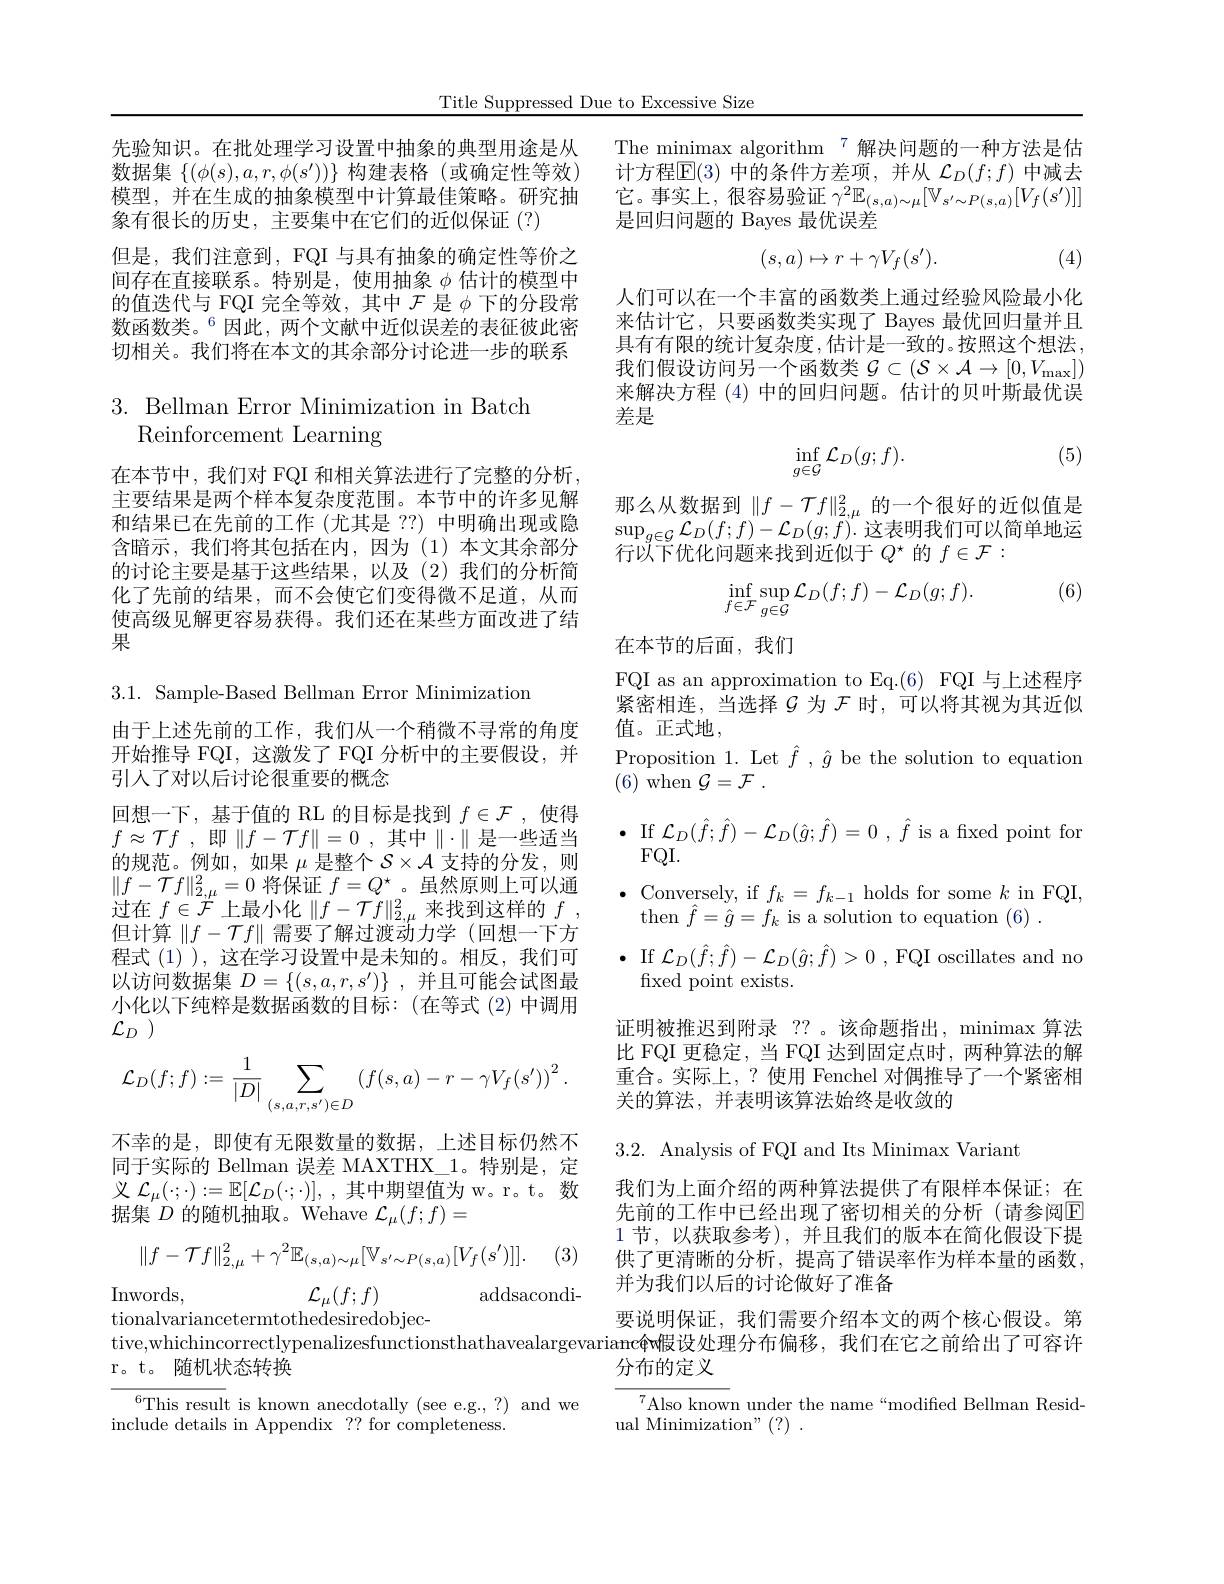
Title Suppressed Due to Excessive Size

The minimax algorithm $^{7}$解决问题的一种方法是估计方程$\mathbb{E}(3)$中的条件方差项，并从$\mathcal{L}_D(f;f)$中减去它。事实上，很容易验证$\gamma^2\mathbb{E}_{(s,a)\sim\mu}[\mathbb{V}_{s^{\prime}\sim P(s,a)}[V_{f}(s^{\prime})]]$ 是回归问题的 Bayes 最优误差

先验知识。在批处理学习设置中抽象的典型用途是从数据集$\{(\phi(s),a,r,\phi(s^{\prime}))\}$构建表格 (或确定性等效) 模型，并在生成的抽象模型中计算最佳策略。研究抽象有很长的历史，主要集中在它们的近似保证(?)
但是，我们注意到，FQI 与具有抽象的确定性等价之间存在直接联系。特别是，使用抽象$\phi$估计的模型中的值迭代与 FQI 完全等效，其中$\mathcal{F}$是$\phi$下的分段常数函数类。$^{6}$因此，两个文献中近似误差的表征彼此密切相关。我们将在本文的其余部分讨论进一步的联系
$$\begin{matrix}(s,a)\mapsto r+\gamma V_f(s').\end{matrix}$$
(4)

人们可以在一个丰富的函数类上通过经验风险最小化来估计它，只要函数类实现了 Bayes 最优回归量并且具有有限的统计复杂度，估计是一致的。按照这个想法， 我们假设访问另一个函数类$\mathcal{G} \subset ( \mathcal{S} \times \mathcal{A} \to [ 0, V_{\mathrm{max}}] )$ 来解决方程 (4) 中的回归问题。估计的贝叶斯最优误差是

## $3.{\mathrm{~Bellman~Error~Minimization~in~Batch}}$ Reinforcement Learning

(5)
$$\inf\limits_{g\in\mathcal{G}}\mathcal{L}_D(g;f).$$
那么从数据到$\|f-\mathcal{T}f\|_{2,\mu}^2$的一个很好的近似值是$\sup_{g\in\mathcal{G}}\mathcal{L}_D(f;f)-\mathcal{L}_D(g;f).$这表明我们可以简单地运$\bar{\text{行以下优化问题来找到近似于 }Q^\star}$的 $f\in\mathcal{F}:$

在本节中，我们对 FQI 和相关算法进行了完整的分析。主要结果是两个样本复杂度范围。本节中的许多见解和结果已在先前的工作 (尤其是 ??) 中明确出现或隐含暗示，我们将其包括在内，因为(1)本文其余部分的讨论主要是基于这些结果，以及(2)我们的分析简化了先前的结果，而不会使它们变得微不足道，从而使高级见解更容易获得。我们还在某些方面改进了结果

(6)
$$\inf\limits_{f\in\mathcal{F}}\sup\limits_{g\in\mathcal{G}}\mathcal{L}_{D}(f;f)-\mathcal{L}_{D}(g;f).$$
在本节的后面，我们

FQI as an approximation to Eq.(6) FQI 与上述程序

3.1. Sample-Based Bellman Error Minimization

紧密相连，当选择$\mathcal{G}$为 $\mathcal{F}$ 时，可以将其视为其近似

值。正式地，

Proposition 1. Let $\hat{f},\hat{g}$ be the solution to equation

(6) when $\mathcal{G} = \mathcal{F}$ .

$\bullet$ If $\mathcal{L}_D(\hat{f};\hat{f})-\mathcal{L}_D(\hat{g};\hat{f})=0,\hat{f}$ is a fxed point for

$FQI.$

由于上述先前的工作，我们从一个稍微不寻常的角度开始推导 FQI, 这激发了 FQI 分析中的主要假设，并引人了对以后讨论很重要的概念
回想一下，基于值的 RL 的目标是找到$f\in\mathcal{F}$ ,使得$f\approx \mathcal{T} f$ ,即$\| f- \mathcal{T} f\| = 0$ ,其中$\|\cdot\|$是一些适当的规范。例如，如果$\mu$是整个$S\times\mathcal{A}$支持的分发，则$\|f-\mathcal{T}f\|_{2,\mu}^2=0$将保证$f=Q^\star$。虽然原则上可以通过在$f\in{\overset{\prime}{\mathcal{F}}}$上最小化$\|f-{\mathcal{T}}f\|_{2,\mu}^{2}$来找到这样的$f$ , 但计算$\|f-\mathcal{T}f\|$需要了解过渡动力学(回想一下方程式(1) ), 这在学习设置中是未知的。相反，我们可以访问数据集$D=\{(s,a,r,s^{\prime})\}$ ,并且可能会试图最小化以下纯粹是数据函数的目标：(在等式(2)中调用${\mathcal{L} }_D$ )

$\bullet$ Conversely, if $f_k=f_{k-1}$ holds for some $k$ in FQI,

then $\hat{f}=\hat{g}=f_k$ is a solution to equation (6).

$\bullet$ If $\mathcal{L}_D(\hat{f};\hat{f})-\mathcal{L}_D(\hat{g};\hat{f})>0$ , FQI oscillates and no

fixed point exists.

证明被推迟到附录 ??。该命题指出，minimax 算法

比 FQI 更稳定，当 FQI 达到固定点时，两种算法的解

重合。实际上，? 使用 Fenchel 对偶推导了一个紧密相
$$\mathcal{L}_D(f;f):=\frac{1}{|D|}\sum_{(s,a,r,s')\in D}\left(f(s,a)-r-\gamma V_f(s')\right)^2.$$
关的算法，并表明该算法始终是收敛的

3.2. Analysis of FQI and Its Minimax Variant

不幸的是，即使有无限数量的数据，上述目标仍然不同于实际的 Bellman 误差 MAXTHX\_1。特别是，定义$\mathcal{L}_{\mu}(\cdot;\cdot):=\mathbb{E}[\mathcal{L}_{D}(\cdot;\cdot)]$,其中期望值为 w。r。t。数据集$D$的随机抽取。Wehave $\mathcal{L}_\mu(f;f)=$

我们为上面介绍的两种算法提供了有限样本保证；在先前的工作中已经出现了密切相关的分析(请参阅E 1节，以获取参考),并且我们的版本在简化假设下提供了更清晰的分析，提高了错误率作为样本量的函数， 并为我们以后的讨论做好了准备

(3)
$$\|f-\mathcal{T}f\|_{2,\mu}^{2}+\gamma^{2}\mathbb{E}_{(s,a)\sim\mu}[\mathbb{V}_{s^{\prime}\sim P(s,a)}[V_{f}(s^{\prime})]].$$
Inwords,
addsacondi-
$\mathcal{L}_{\mu}(f;f)$

要说明保证，我们需要介绍本文的两个核心假设。第

tionalvariancetermtothedesiredobjec-

tive,whichincorrectlypenalizesfunctionsthathavealargevariamc$w假设处理分布偏移，我们在它之前给出了可容许

分布的定义

r。 t。 随机状态转换

$^{6}$This result is known anecdotally (see e.g., ?) and we
include details in Appendix ?? for completeness

$^{7}$Also known under the name“modified Bellman Resid-
ual Minimization" (?) .